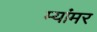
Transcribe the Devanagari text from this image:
म्यांमर